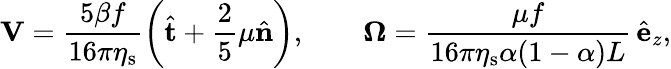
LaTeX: \mathbf{V}=\frac{5\beta f}{16\pi\eta_{\mathrm{s}}}\left(\hat{\mathbf{t}}+\frac{2}{5}\mu\hat{\mathbf{n}}\right),\qquad\boldsymbol{\Omega}=\frac{\mu f}{16\pi\eta_{\mathrm{s}}\alpha(1-\alpha)L}\, \hat{\mathbf{e}}_{z},